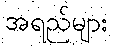
အရည်များ